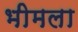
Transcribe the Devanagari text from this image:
भीमला